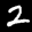
Label: 2